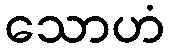
သောဟံ